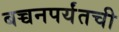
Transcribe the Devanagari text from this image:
बच्चनपर्यंतची